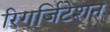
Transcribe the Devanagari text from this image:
रिगर्जिटेशन